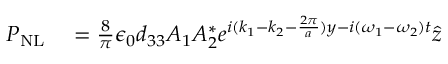
\begin{array} { r l } { P _ { \mathrm { N L } } } & { { } = \frac { 8 } { \pi } \epsilon _ { 0 } d _ { 3 3 } A _ { 1 } A _ { 2 } ^ { * } e ^ { i ( k _ { 1 } - k _ { 2 } - \frac { 2 \pi } { a } ) y - i ( \omega _ { 1 } - \omega _ { 2 } ) t } \hat { z } } \end{array}